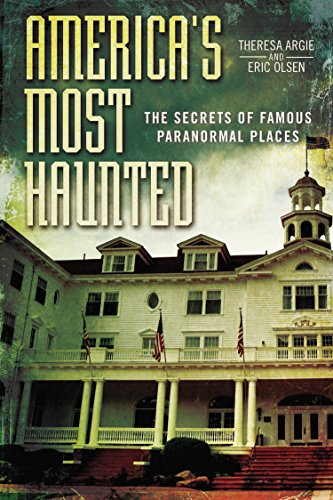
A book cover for America's Most Haunted: The Secrets of Famous Paranormal Places; Eric Olsen; Religion & Spirituality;